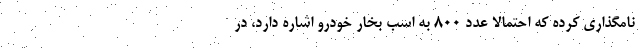
نامگذاری کرده که احتمالا عدد 800 به اسب بخار خودرو اشاره دارد، در